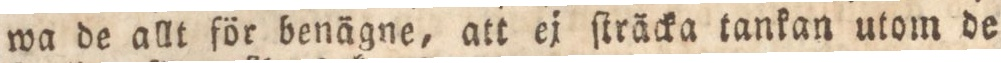
wa de allt för benägne, att ej ſträcka tankan utom de